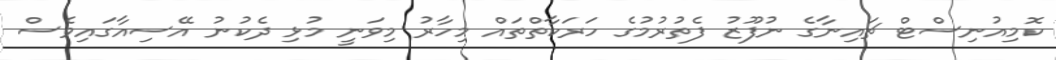
ކޮމިއުނިސްޓް ޗައިނާގެ ނުފޫޒު ފެތުރުމުގެ ހަރަކާތްތައް މިހާރު މިވަނީ މުޅި ދެކުނު އޭސިއާގައިވެސް